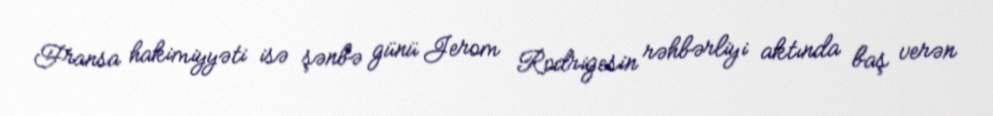
Fransa hakimiyyəti isə şənbə günü Jerom Rodrigesin rəhbərliyi aktında baş verən